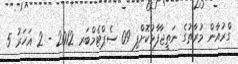
ގްރުއާން މުރާތުގެ ނަތީޖާފާޅުކޮށްފި 09 ސެޕްޓެމްބަރ 2012 - 2 އަހަރު 5